Scientific memoirs by medical officers of the Army of India - Part V,
Year: 1890
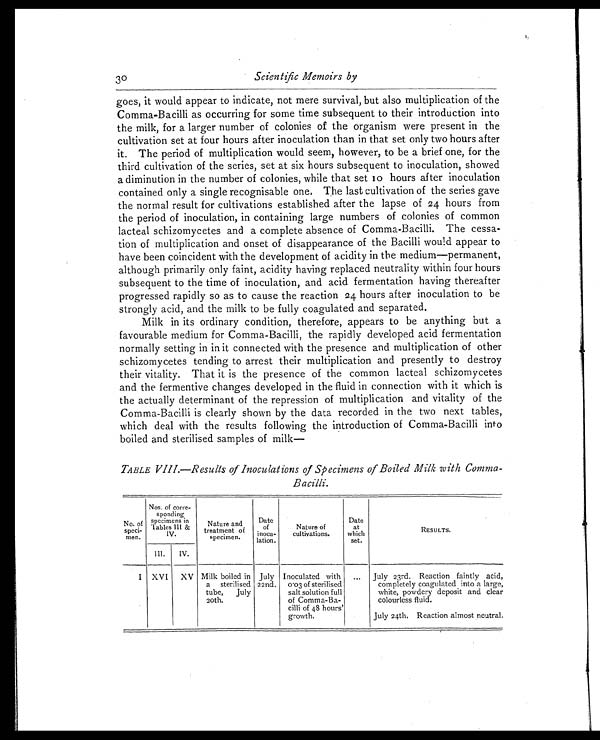
Scientific Memoirs by
goes, it would appear to indicate, not mere survival, but also multiplication of the
Comma-Bacilli as occurring for some time subsequent to their introduction into
the milk, for a larger number of colonies of the organism were present in the
cultivation set at four hours after inoculation than in that set only two hours after
it. The period of multiplication would seem, however, to be a brief one, for the
third cultivation of the series, set at six hours subsequent to inoculation, showed
a diminution in the number of colonies, while that set 10 hours after inoculation
contained only a single recognisable one. The last cultivation of the series gave
the normal result for cultivations established after the lapse of 24 hours from
the period of inoculation, in containing large numbers of colonies of common
lacteal schizomycetes and a complete absence of Comma-Bacilli. The cessa-
tion of multiplication and onset of disappearance of the Bacilli would appear to
have been coincident with the development of acidity in the medium—permanent,
although primarily only faint, acidity having replaced neutrality within four hours
subsequent to the time of inoculation, and acid fermentation having thereafter
progressed rapidly so as to cause the reaction 24 hours after inoculation to be
strongly acid, and the milk to be fully coagulated and separated.
Milk in its ordinary condition, therefore, appears to be anything but a
favourable medium for Comma-Bacilli, the rapidly developed acid fermentation
normally setting in in it connected with the presence and multiplication of other
schizomycetes tending to arrest their multiplication and presently to destroy
their vitality. That it is the presence of the common lacteal schizomycetes
and the fermentive changes developed in the fluid in connection with it which is
the actually determinant of the repression of multiplication and vitality of the
Comma-Bacilli is clearly shown by the data recorded in the two next tables,
which deal with the results following the introduction of Comma-Bacilli into
boiled and sterilised samples of milk
TABLE VIII.—Results of Inoculations of Specimens of Boiled Milk with Comma-
Bacilli.
No. o f
speci-
men.
Nos. of corre-
s p o n d i n g i
specimens in
Tables III &
I V .
Nature and
treatment of
specimen.
Date of
inocu-
lation.
Nature of
cultivations.
Date
at
which
set.
RESULTS.
III. IV.
I XVI XV Milk boiled in
a sterilised
tube, July
20t h.
July
22nd.
Inoculated with
0.03 of sterilised
salt solution full
of Comma-Ba-
cilli of 48 hours'
g r o w t h .
... July 23rd. Reaction faintly acid,
completely coagulated into a large,
white, powdery deposit and clear
colourless fluid.
July 24th. Reaction almost neutral.
30